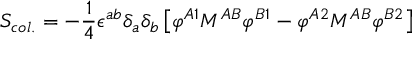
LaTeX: S _ { c o l . } = - { \frac { 1 } { 4 } } \epsilon ^ { a b } \delta _ { a } \delta _ { b } \left[ \varphi ^ { A 1 } M ^ { A B } \varphi ^ { B 1 } - \varphi ^ { A 2 } M ^ { A B } \varphi ^ { B 2 } \right]